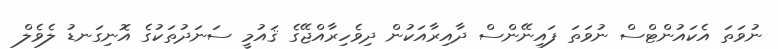
ނުވަތަ އެކައުންޓްސް ނުވަތަ ފައިނޭންސް ދާއިރާއަކުން ދިވެހިރާއްޖޭގެ ޤައުމީ ސަނަދުތަކުގެ އޮނިގަނޑު ލެވެލް